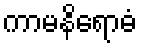
ကာမနိရောဓံ